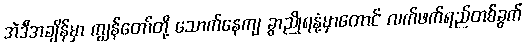
အဲဒီအချိန်မှာ ကျွန်တော်တို့ သောက်နေကျ ခွာညိုရနံ့မှာတောင် လက်ဖက်ရည်တစ်ခွက်